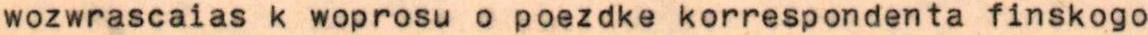
wozwrascaias k woprosu o poezdke korrespondenta finskogo